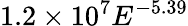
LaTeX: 1.2\times 10^{7}E^{-5.39}